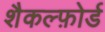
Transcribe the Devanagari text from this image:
शैकल्फ़ोर्ड